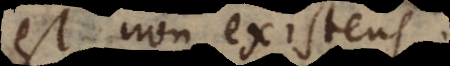
est non existens.